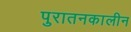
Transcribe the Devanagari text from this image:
पुरातनकालीन